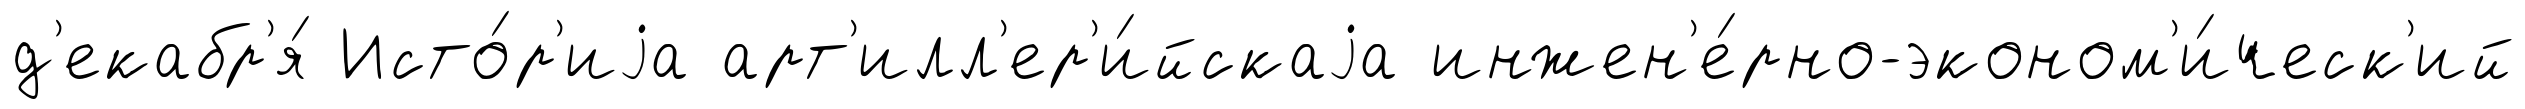
д'екабр'я́ Исто́р'иjа арт'илл'ер'и́йскаjа инжен'е́рно-эконом'и́ческ'ий